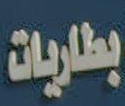
بطاريات